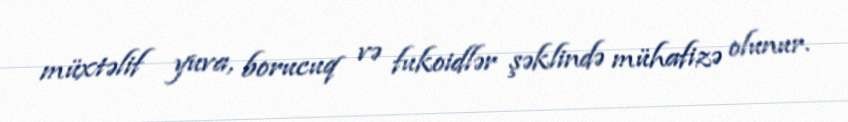
müxtəlif yuva, borucuq və fukoidlər şəklində mühafizə olunur.